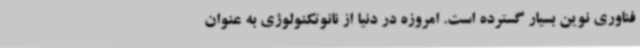
فناوری نوین بسیار گسترده است. امروزه در دنیا از نانوتکنولوژی به عنوان